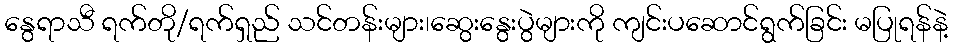
နွေရာသီ ရက်တို/ရက်ရှည် သင်တန်းများ၊ဆွေးနွေးပွဲများကို ကျင်းပဆောင်ရွက်ခြင်း မပြုရန်နဲ့